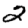
Digit: 2